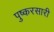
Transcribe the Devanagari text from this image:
पुष्करसारी